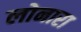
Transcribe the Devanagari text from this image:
लोनारा